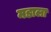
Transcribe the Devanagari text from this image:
मडाला